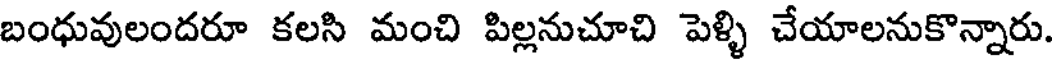
బంధువులందరూ కలసి మంచి పిల్లనుచూచి పెళ్ళి చేయాలనుకొన్నారు.